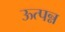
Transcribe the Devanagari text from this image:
ऊत्पन्न